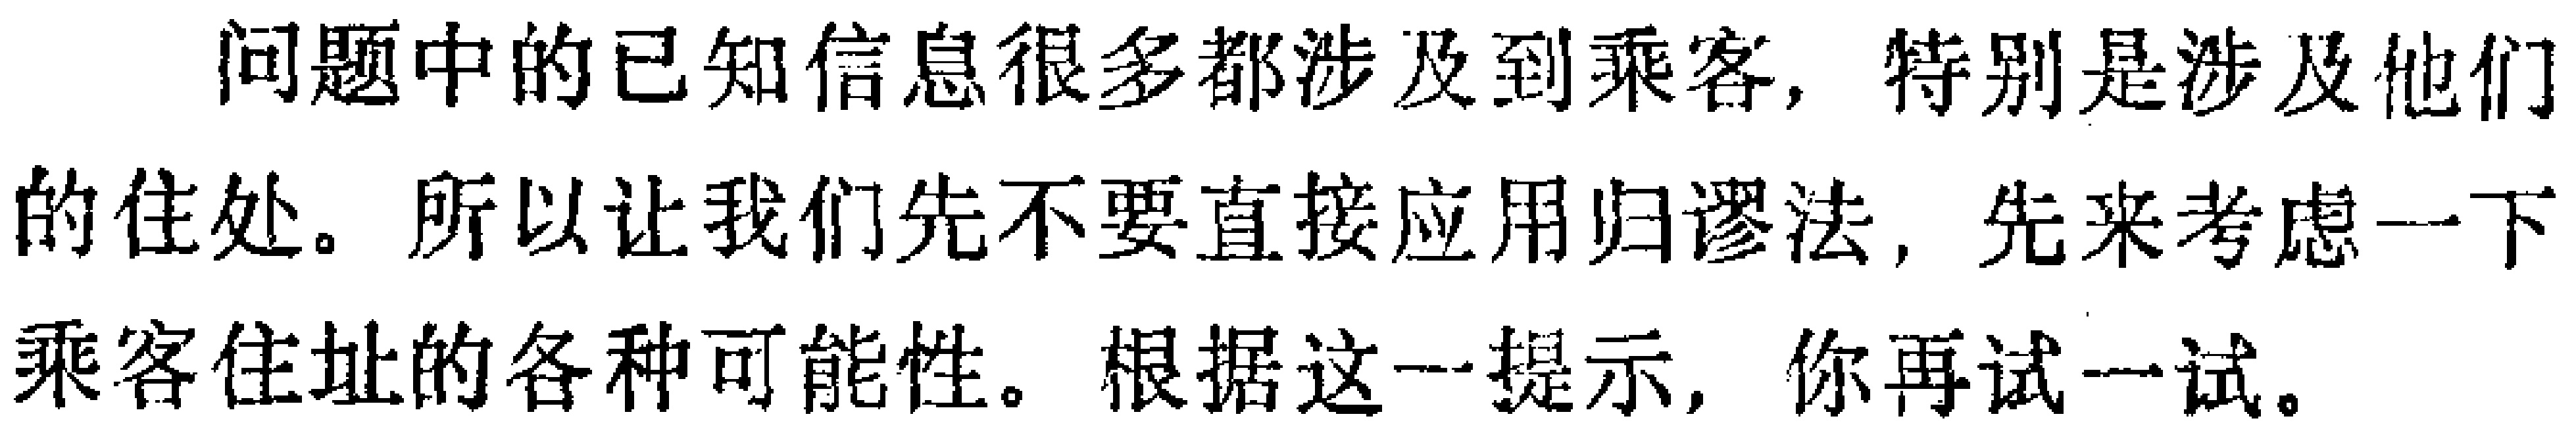
问题中的已知信息很多都涉及到乘客, 特别是涉及他们的住处。所以让我们先不要直接应用归谬法, 先来考虑一下乘客住址的各种可能性。根据这一提示, 你再试一试。